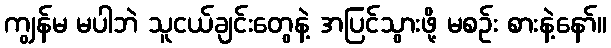
ကျွန်မ မပါဘဲ သူငယ်ချင်းတွေနဲ့ အပြင်သွားဖို့ မစဉ်း စားနဲ့နော်။